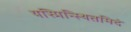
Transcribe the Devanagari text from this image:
यस्मिन्स्थितमिदं